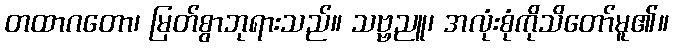
တထာဂတော၊ မြတ်စွာဘုရားသည်။ သဗ္ဗညူ၊ အလုံးစုံကိုသိတော်မူ၏။